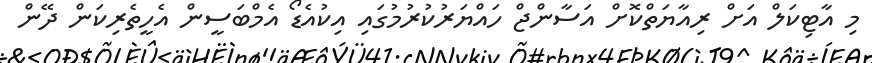
މި އާޓިކަލް އަށް ރިއާޔަތްކޮށް އަސާންޖް ހައްޔަރުކުރުމުގައި އިކުއެޑޯ އެމްބަސީން އެހީތެރިކަން ދޭން